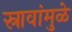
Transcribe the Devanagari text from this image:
स्रावांमुळे